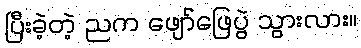
ပြီးခဲ့တဲ့ ညက ဖျော်ဖြေပွဲ သွားလား။